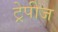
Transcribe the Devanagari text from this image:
ट्रेपीज